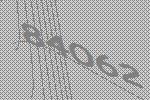
84062